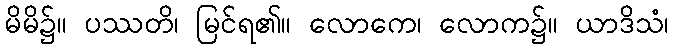
မိမိ၌။ ပဿတိ၊ မြင်ရ၏။ လောကေ၊ လောက၌။ ယာဒိသံ၊